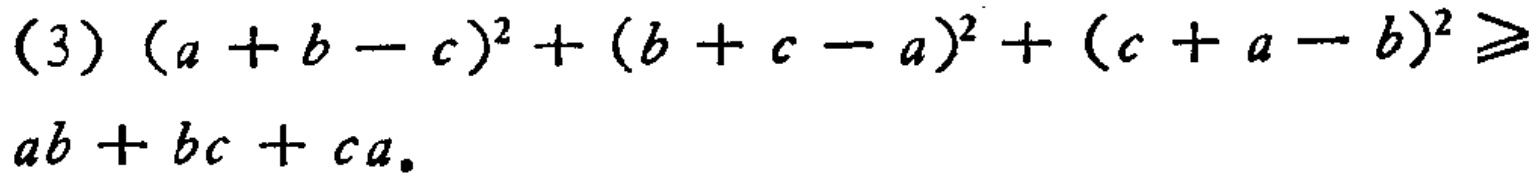
(3) \((a + b - c)^2 + (b + c - a)^2 + (c + a - b)^2 \geqslant ab + bc + ca\)